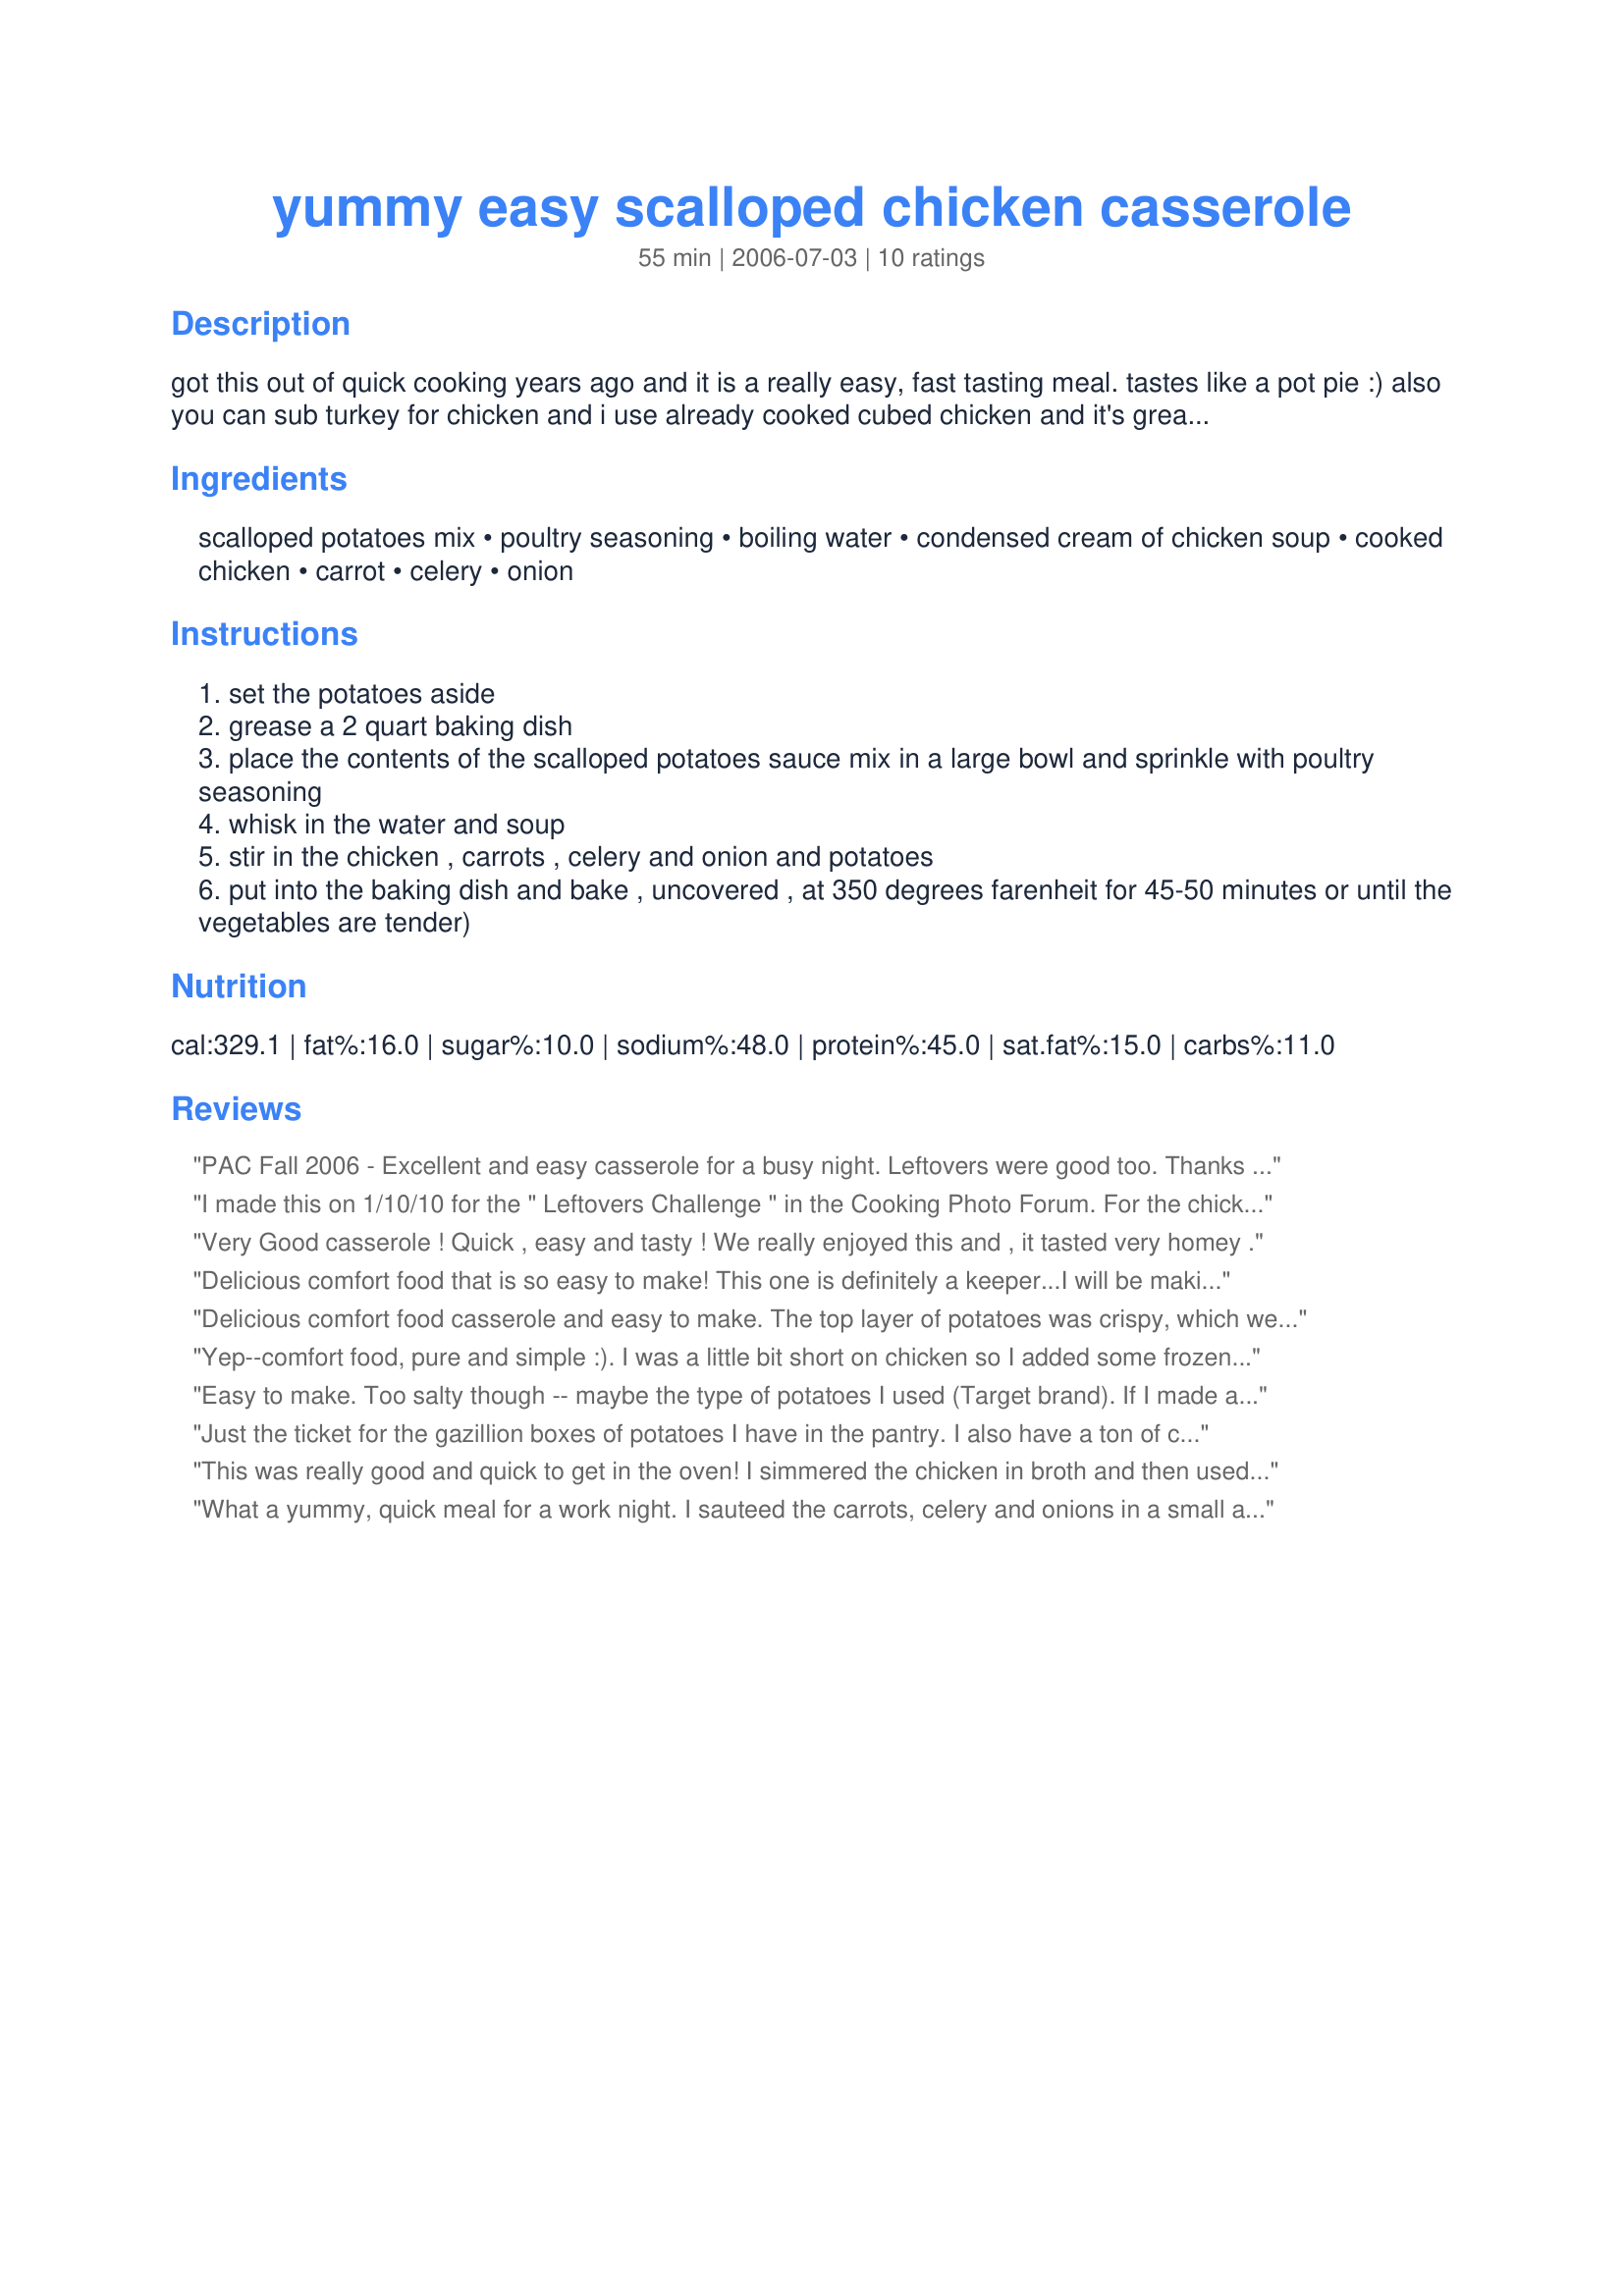
yummy easy scalloped chicken casserole
Preparation time: 55 minutes

got this out of quick cooking years ago and it is a really easy, fast tasting meal. tastes like a pot pie :) also you can sub turkey for chicken and i use already cooked cubed chicken and it's great on game days..

Ingredients:
scalloped potatoes mix, poultry seasoning, boiling water, condensed cream of chicken soup, cooked chicken, carrot, celery, onion

Steps:
set the potatoes aside
grease a 2 quart baking dish
place the contents of the scalloped potatoes sauce mix in a large bowl and sprinkle with poultry seasoning
whisk in the water and soup
stir in the chicken , carrots , celery and onion and potatoes
put into the baking dish and bake , uncovered , at 350 degrees farenheit for 45-50 minutes or until the vegetables are tender)

Reviews:
PAC Fall 2006 - Excellent and easy casserole for a busy night. Leftovers were good too.

Thanks Faith58
I made this on 1/10/10 for the " Leftovers Challenge " in the Cooking Photo Forum. For the chicken I used leftovers from Recipe#351571 ( of course the breading was removed :) ). Since neither my SO or myself like celery, it was left out. Other than leaving out the celery, the recipe was made as written. I do think that if this is made again, I'm using a low sodium soup. It was just a bit too much on the salty side for us. But other than being too salty, it was a very good "throw together " meal. Thanks for posting and, " Keep Smiling :) "
Very Good casserole ! Quick , easy and tasty ! We really enjoyed this and , it tasted very homey .
Delicious comfort food that is so easy to make! This one is definitely a keeper...I will be making a second batch next weekend for freezing. Thanks for sharing!
Delicious comfort food casserole and easy to make. The top layer of potatoes was crispy, which we didn't mind. Stirring casserole halfway through baking time would probably keep top layer of potatoes soft. This turned out better than I thought it would, which is always a happy surprise.
Yep--comfort food, pure and simple :). I was a little bit short on chicken so I added some frozen peas and some extra celery and onion. I also used Recipe #18157 instead of canned soup. Thanks for posting an easy keeper! Made for Let's P-A-R-T-Y 2009!
Easy to make. Too salty though -- maybe the type of potatoes I used (Target brand). If I made again and adjusted for salt, I would add frozen peas or green beans as other reviewer suggested to make a one casserole.
Just the ticket for the gazillion boxes of potatoes I have in the pantry. I also have a ton of celery and carrots so I can double up on the veggies too. A bag of frozen peas and carrots or mixed veggies would work too I think. Lots of yummy variations to consider. Thanks for the recipe!
This was really good and quick to get in the oven! I simmered the chicken in broth and then used that broth instead of the water in the recipe. Also used green onions rather than regular onions and followed the recipe the rest of the way. Cooked up perfectly in 47 minutes, everything was tender and the sauce thickened up nicely. Made for Lets P-A-R-T-Y 2011.
What a yummy, quick meal for a work night. I sauteed the carrots, celery and onions in a small amount of olive oil and added about 1/2 cup of thawed frozen peas. I used poached, skinless, boneless chicken thighs.
thanks for making supper so much easier.
